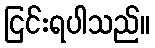
ငြင်းရပါသည်။